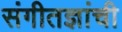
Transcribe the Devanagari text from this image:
संगीतज्ञांची